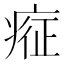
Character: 𱱗